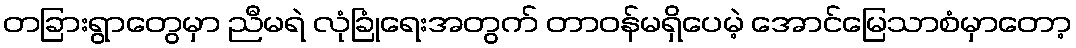
တခြားရွာတွေမှာ ညီမရဲ လုံခြုံရေးအတွက် တာဝန်မရှိပေမဲ့ အောင်မြေသာစံမှာတော့